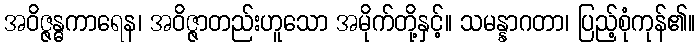
အဝိဇ္ဇန္ဓကာရေန၊ အဝိဇ္ဇာတည်းဟူသော အမိုက်တို့နှင့်။ သမန္နာဂတာ၊ ပြည့်စုံကုန်၏။